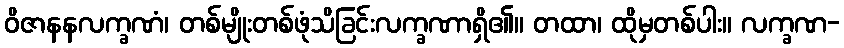
ဝိဇာနနလက္ခဏံ၊ တစ်မျိုးတစ်ဖုံသိခြင်းလက္ခဏာရှိ၏။ တထာ၊ ထိုမှတစ်ပါး။ လက္ခဏ-